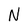
Character: N